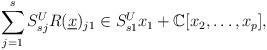
LaTeX: \begin{align*}\sum_{j=1}^s S^U_{sj} R(\underline{x})_{j1} \in S^U_{s1}x_1 +\mathbb{C}[x_2 ,\dots ,x_p],\end{align*}